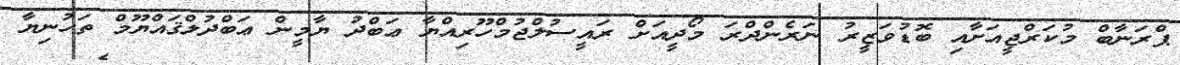
ޕްރަނާބް މުކަރްޖީއަށާއި ބޮޑުވަޒީރު ނަރެންދްރަ މޯދީއަށް ރައީސުލްޖުމްހޫރިއްޔާ ޢަބްދު ޔާމީން ޢަބްދުލްޤައްޔޫމް ތަހުނިޔާ